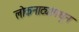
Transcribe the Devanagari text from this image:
लोकनाट्यांमधून